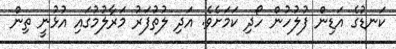
ކަނޑުގެ އަޑިން ފުލުހުން ހޯދި ކަމަށެވެ. އަދި ލުތުފަރު މަރާލުމުގައި އުޅުނީ ތިން